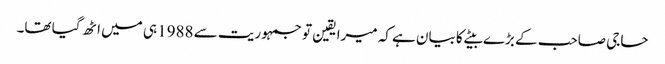
حاجی صاحب کے بڑے بیٹے کا بیان ہے کہ میرا یقین تو جمہوریت سے 1988 ہی میں اٹھ گیا تھا۔